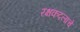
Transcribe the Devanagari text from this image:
रक्षकदलाचे